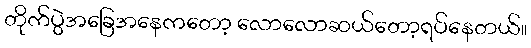
တိုက်ပွဲအခြေအနေကတော့ လောလောဆယ်တော့ရပ်နေတယ်။